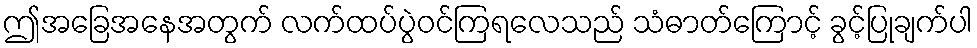
ဤအခြေအနေအတွက် လက်ထပ်ပွဲဝင်ကြရလေသည် သံဓာတ်ကြောင့် ခွင့်ပြုချက်ပါ